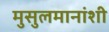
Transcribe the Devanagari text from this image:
मुसुलमानांशी